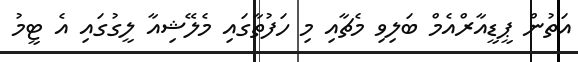
އަތުން ޕީޑީއާރްއެމް ބަލިވި މެޗާއި މި ހަފުތާގައި މެލޭޝިއާ ލީގުގައި އެ ޓީމު